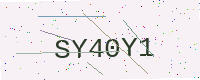
Text: SY40Y1